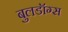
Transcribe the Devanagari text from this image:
बुलडॉग्स